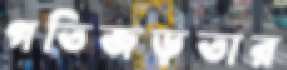
গতিজড়তার